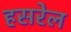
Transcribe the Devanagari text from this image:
हसरेल